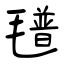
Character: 氆